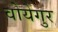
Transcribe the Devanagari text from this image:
वोयेगुर